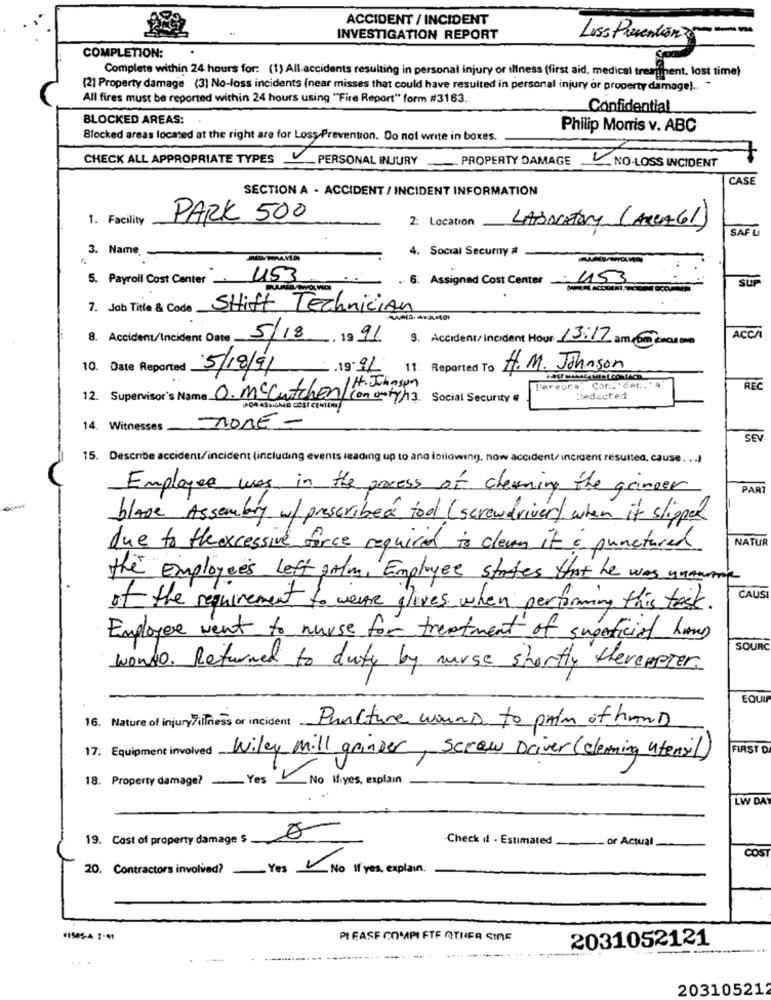
ACCIDENT / INCIDENT
INVESTIGATION REPORT
Loss Prevention-
COMPLETION:
Complete within 24 hours for: (1) All accidents resulting in personal injury or illness (first aid, medical treatinent, lost time)
(2) Property damage (3) No-loss incidents (near misses that could have resulted in personal injury or property damage) .. "
All fires must be reported within 24 hours using "Fire Report" form #3163.
Confidential
BLOCKED AREAS:
Philip Morris v. ABC
Blocked areas located at the right are for Loss Prevention. Do not write in boxes.
CHECK ALL APPROPRIATE TYPES
_PERSONAL INJURY ___ PROPERTY DAMAGE
- NO-LOSS INCIDENT
CASE
SECTION A - ACCIDENT / INCIDENT INFORMATION
1. Facility
PARK 500
2: Location
LABORATORY (ARCA 61)
SAFU
3. Name
4. Social Securny #
.
5. Payroll Cost Center
453
.. 6. Assigned Cost Center: 453
SUP
7. Job Title & Code Stift Technician
8. Accident/Incident Date 5/18 19 91
9. Accident/Incident Hour: 13:17 am cesom
ACCA
10. Date Reported .
5/18/91
.19 91
11: Reported To
H. M. Johnson
1 H. Johnson
Persona: Cor .. " det :. ' A
REC
12. Supervisor's Name O. Mccutchen/ con anty/13.
Social Security #
Redacted
TONE -
14. Witnesses
SEV
15. Describe accident/incident (including events leading up to ana following, now accident/ incident resulted, cause . ... )
Employee was in the process of cleaning the grinder
PAR
blase Assembly w/ prescribed tool ( screwdriver) when it slipper
NATUR
due to theexcessive force required to cleven it & punctured
the Employees Left palm, Employee states that he was unaaring
CAUSI
of the requirement to wear gloves when performing this test.
Employee went to nurse for treatment of superficial hand
SOURC
wondo. Returned to duty by nurse shortly theremester.
EQUIP
16. Nature of injury/illness or incident
Puncture wound to pain of hanD
17. Equipment involved
FIRST D
Wiley mill grinder, Screw Driver (cleaning utensil)
18. Property damage? Yes No Miyes, explain.
LW DAY
19. Cost of property damage $
-Check if - Estimated
-- or Actual
COST
20. Contractors involved? _ Yes
No If yes, explain.
#1505-4 2-41
PLEASE COMPLETE OTHER SIDE
2031052121
203105212